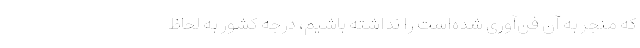
که منجر به آن فن‌آوری شده‌است را نداشته ‌باشیم، درجه کشور به لحاظ